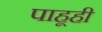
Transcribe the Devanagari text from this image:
पाहूही